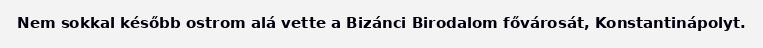
Nem sokkal később ostrom alá vette a Bizánci Birodalom fővárosát, Konstantinápolyt.